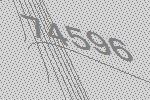
74596